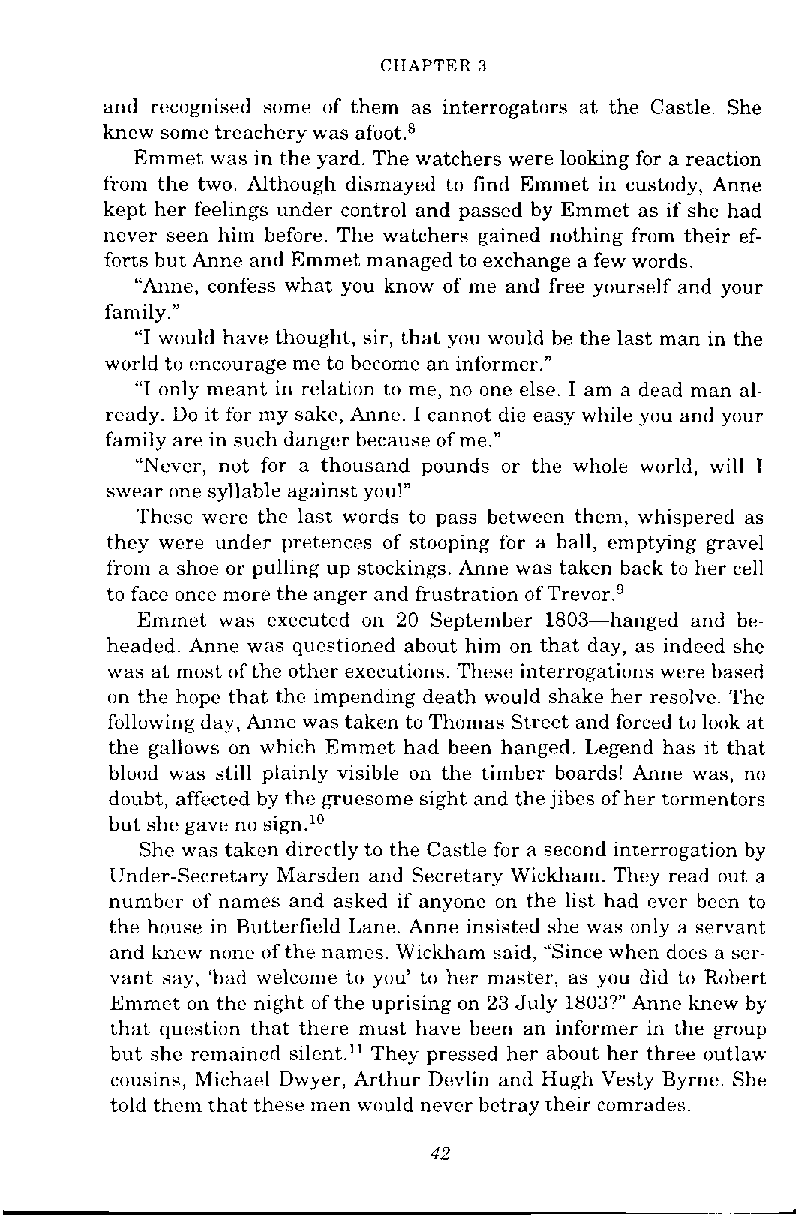
CIIAPTER 3
 and recognised some of them as interrogators at the Castle. She
 knew some treachery was afoot.8
 Emmet was in the yard. The watchers were looking for a reaction
 from the two. Although dismayed to find Emmet in custody, Anne
 kept her feelings under control and passed by Emmet as if she had
 never seen him before. The watchers gained nothing from their ef-
 forts but Anne and Emmet managed to exchange a few words.
 "Anne, confess what you know of me and free yourself and your
 family."
 "I would have thought, sir, that you would be the last man in the
 world to encourage me to become an informer."
 "I only meant in relation to me, no one else. I am a dead man al-
 ready. Do it for my sake, Anne. I cannot die easy while you and your
 family are in such danger because of me."
 "Never, not for a thousand pounds or the whole world, will I
 swear me syllable against you!"
 These were the last words to pass between them, whispered as
 they were under pretences of stooping for a ball, emptying gravel
 from a shoe or pulling up stockings. Anne was taken back to her cell
 to face once more the anger and frustration of Tre~or.~
 Emmel was executed on 20 September 1803-hanged and be^
 headed. Anne was questioned about him on that day, as indeed she
 was at most of the other executions. These interrogatims were based
 on the hope that the impending death would shake her resolve. The
 following day, Anne was taken to Thomas Street and forced to look at
 the gallows on which Emmet had been hanged. Legend has it that
 bloud was still plainly visible on the timber boards! Anne was, no
 doubt, affected by the gruesome sight and the jibes of her tormentors
 but she gave no sign.1°
 She was taken directly to the Castle for a second interrogation by
 Under-Secretary Marsden and Secretary Wickham. They read out a
 number of names and asked if anyone on the list had ever been to
 the house in Butterfield Lane. Anne insisted she was only a servant
 and knew nme of the names. Wickham said, "Since when does a ser-
 vant say, 'bad welcon~et o you' to her master, as you did to Robert
 Emmet on the night of the uprising on 23 July 1803?" Anne knew by
 that question that there must have been an informer in the group
 but she remained silent." They pressed her about her three outlaw
 cousins, Michael Dwyer, Arthur Devlin and Hugh Vesty Byme. She
 told them that these men would never betray their comrades.